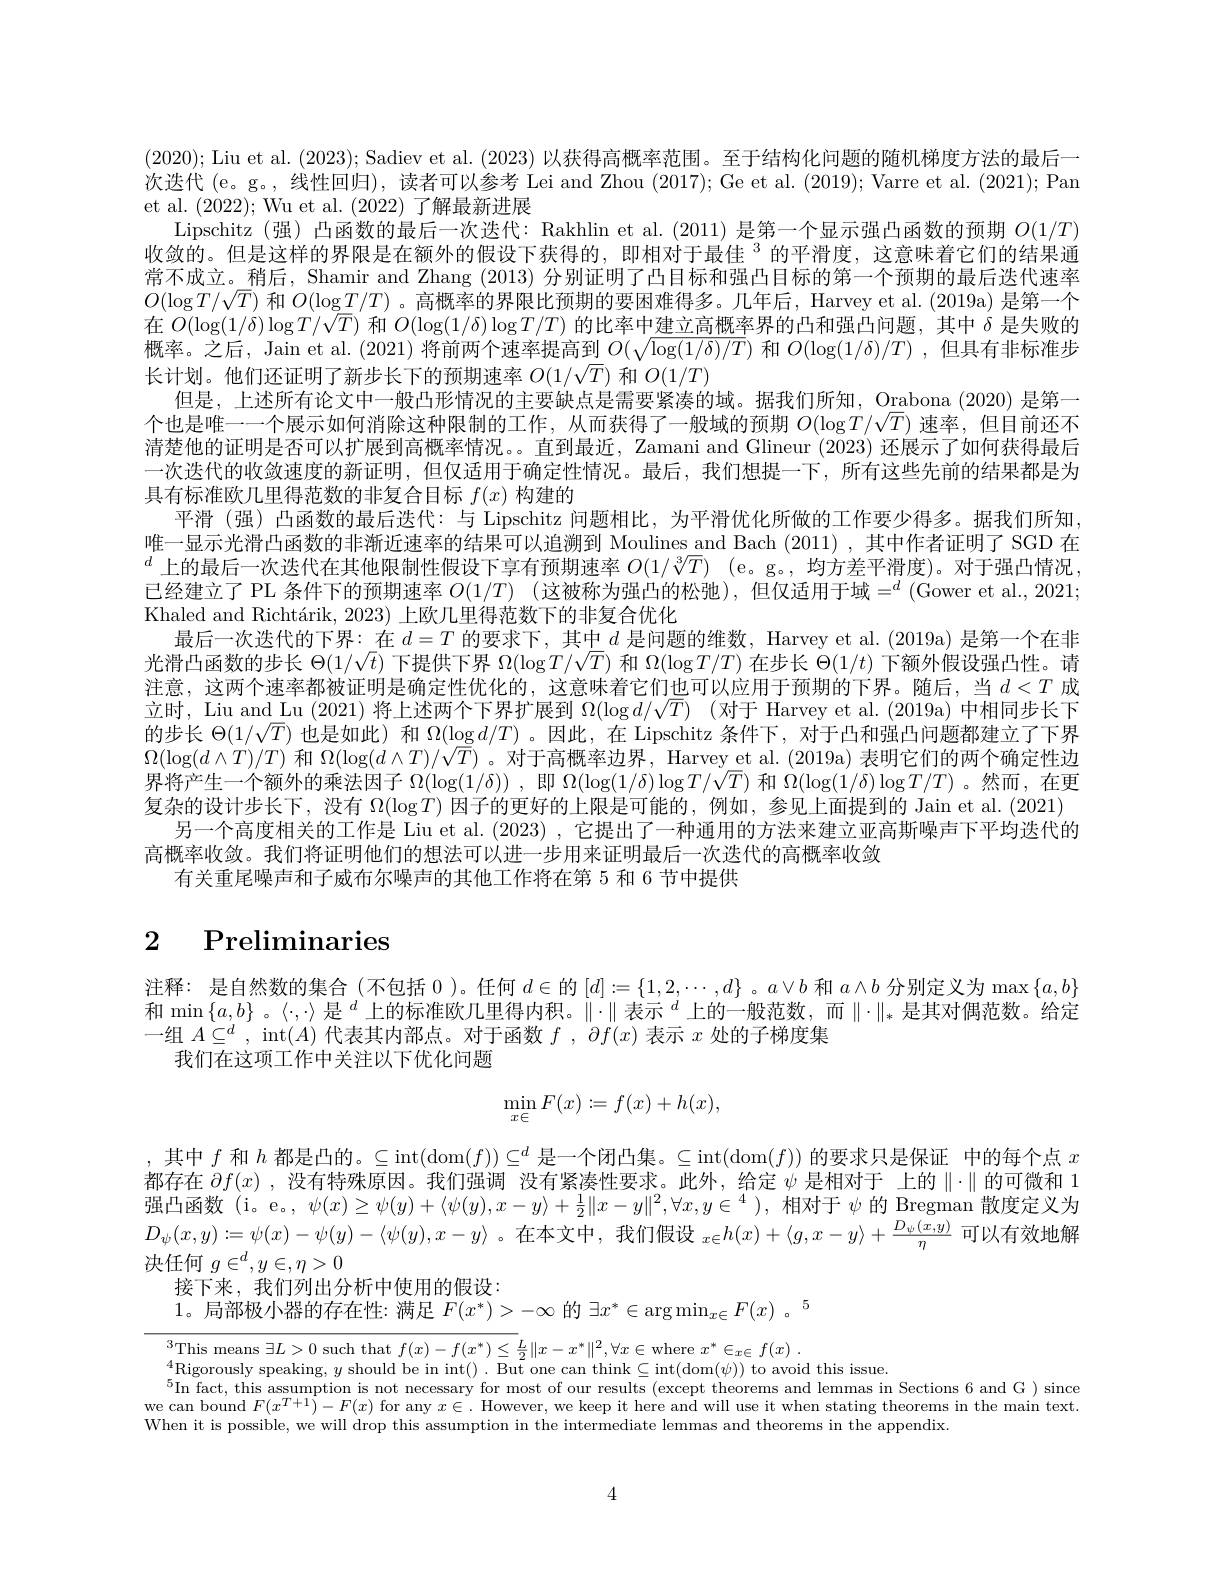
(2020); Liu et al. (2023); Sadiev et al. (2023)以获得高概率范围。至于结构化问题的随机梯度方法的最后一次迭代 (e。g。, 线性回归), 读者可以参考 Lei and Zhou (2017); Ge et al. (2019); Varre et al. (2021); Pan et al. (2022); Wu et al. (2022)了解最新进展
Lipschitz(强)凸函数的最后一次迭代：Rakhlin et al.(2011) 是第一个显示强凸函数的预期$O(1/T)$ 收敛的。但是这样的界限是在额外的假设下获得的，即相对于最佳$^{3}$的平滑度，这意味着它们的结果通常不成立。稍后，Shamir and Zhang (2013) 分别证明了凸目标和强凸目标的第一个预期的最后迭代速率$O(\log T/\sqrt{T})$和$O(\log T/T)$ 。高概率的界限比预期的要困难得多。几年后，Harvey et al.(2019a) 是第一个在$O(\log(1/\delta)\log T/\sqrt{T})$和$O(\log(1/\delta)\log T/T)$的比率中建立高概率界的凸和强凸问题，其中$\delta$是失败的概率。之后，Jain et al.(2021) 将前两长计划。他们还证明了新步长下的预期速率$O(1/\sqrt T)$和$O(1/T)$
但是，上述所有论文中一般凸形情况的主要缺点是需要紧凑的域。据我们所知，Orabona (2020) 是第一个也是唯一一个展示如何消除这种限制的工作，从而获得了一般域的预期$O(\log T/\sqrt{T})$速率，但目前还不清楚他的证明是否可以扩展到高概率情况。。直到最近，Zamani and Glineur (2023)还展示了如何获得最后一次迭代的收敛速度的新证明，但仅适用于确定性情况。最后，我们想提一下，所有这些先前的结果都是为具有标准欧几里得范数的非复合目标$f(x)$构建的
平滑(强)凸函数的最后迭代：与 Lipschitz 问题相比，为平滑优化所做的工作要少得多。据我们所知， 唯一显示光滑凸函数的非渐近速率的结果可以追溯到 Moulines and Bach (2011) ,其中作者证明了 SGD 在$^d$上的最后一次迭代在其他限制性假设下享有预期速率 $O( 1/ \sqrt [ 3] {T})$ (e。g。,均方差平滑度)。对于强凸情况已经建立了 PL 条件下的预期速率 $O( 1/ T)$ (这被称为强凸的松弛),但仅适用于域$=^d$ (Gower et al.,2021; Khaled and Richtárik, 2023)
最后一次迭代的下界：在$d=T$的要求下，其中 光滑凸函数的步长$\Theta(1/\sqrt{t})$下提供下界$\Omega(\log T/\sqrt{T})$和$\Omega(\log T/T)$在步长$\Theta(1/t)$下额外假设强凸性。请注意，这两个速率都被证明是确定性优化的，这意味着它们也可以应用于预期的下界。随后，当$d<T$成立时，Liu and Lu (2021) 将上述两个下界扩展到 $\Omega ( \log d/ \sqrt T)$ (对于 Harvey et al.(2019a) 中相同步长下的步长$\Theta(1/\sqrt{T})$也是如此) 和$\Omega(\log d/T)$ 。因此，在 Lipschitz 条件下，对于凸和强凸问题都建立了下界$\Omega(\log(d\wedge T)/T)$和$\Omega(\log(d\wedge T)/\sqrt T)$ 。对于高概率边界，Harvey et al. (2019a) 表明它们的两个确定性边界将产生一个额外的乘法因子$\Omega(\log(1/\delta))$ ,即$\Omega(\log(1/\delta)\log T/\sqrt{T})$和$\Omega(\log(1/\delta)\log T/T)$ 。然而，在更复杂的设计步长下，没有$\Omega(\log T)$因子的更好的上限是可能的，例如，参见上面提到的 Jain et al. (2021)
另一个高度相关的工作是 Liu et al. (2023) ,它提出了一种通用的方法来建立亚高斯噪声下平均迭代的
高概率收敛。我们将证明他们的想法可以进一步用来证明最后一次迭代的高概率收敛
有关重尾噪声和子威布尔噪声的其他工作将在第 5 和 6

# 2 $\textbf{Preliminaries}$

注释：是自然数的集合(不包括0 )。任何$d\in$ 和$\min\left\{a,b\right\}\text{。, 是 }^d$上的标准欧几里得内积。$\|\cdot\|\text{表示 }^d$上的一般范数，而$\|\cdot\|_*$是其对偶范数。给定一组$A\subseteq^d$, int$(A)$代表其内部点。对于函数$f,\partial f(x)$表示$x$处的子梯度集
我们在这项工作中关注以下优化问题
$$\min_{x\in}F(x):=f(x)+h(x),$$
,其中$f$和$h$都是凸的。$\subseteq\operatorname{int}(\operatorname{dom}(f))\subseteq^d$是一个闭凸集。$\subseteq\operatorname{int}(\operatorname{dom}(f))$的要求只是保证 中的每个点$x$ 都存在$\partial f(x)$ ,没有特殊原因。我们强调 没有紧凑性要求。此外，给定$\psi$是相对于 上的$\|\cdot\|$的可微和 1强凸函数(i。e。, $\psi(x)\geq\psi(y)+\langle\psi(y),x-y\rangle+\frac12\|x-y\|^2,\forall x,y\in^4$ ),相对于$\psi$的 Bregman 散度定义为$D_\psi(x,y):=\psi(x)-\psi(y)-\langle\psi(y),x-y\rangle$
$_{x\in}h(x)+\langle g,x-y\rangle+\frac{D_\psi(x,y)}{\eta}$
决任何$g\in^d,y\in,\eta>0$
接下来，我们列出分析中使用的假设：
1。局部极小器的存在性：满足$F(x^*)>-\infty$

$^{3}$This means $\exists L>0$ such that $f(x)-f(x^*)\leq\frac L2\|x-x^*\|^2,\forall x\in$where $x^* \in _x\in f( x)$ .
4Rigorously speaking,
$^{5}$In fact, this assumption is not necessary for most of our results (except theorems and lemmas in Sections 6 and G ) since we can bound $F(x^{T+1})-F(x)$ for any $x\in.$ However, we keep it here and will use it when stating theorems in the main text. When it is possible, we will drop this assumption in the intermediate lemmas and theorems in the appendix